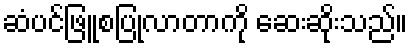
ဆံပင်ဖြူစပြုလာတာကို ဆေးဆိုးသည်။